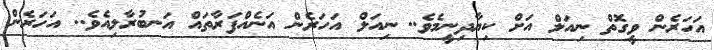
އަހަރެން ވީގޮތް ނިއަލް އަށް ކިޔާދިނީމެވެ.. ނިއަލް އަހަރެން އަނެއްފަރާތައް އަނބުރާލިއެވެ.. އަހަރެން